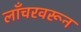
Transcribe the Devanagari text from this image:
लाँचरवरून